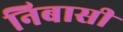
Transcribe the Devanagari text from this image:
निबासी